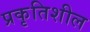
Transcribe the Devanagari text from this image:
प्रकृतिशील